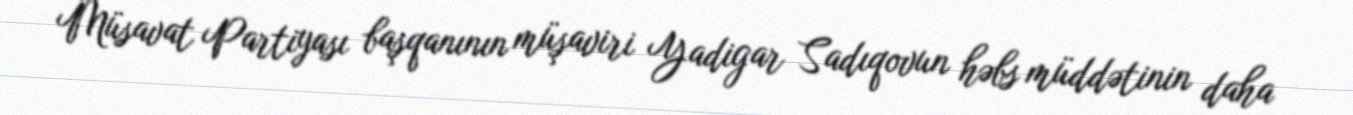
Müsavat Partiyası başqanının müşaviri Yadigar Sadıqovun həbs müddətinin daha